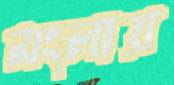
মংলায়